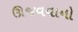
ઊજવવાનો